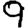
Digit: 9